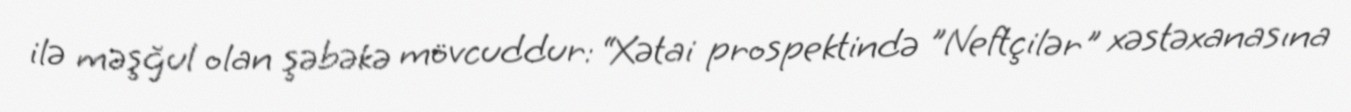
ilə məşğul olan şəbəkə mövcuddur: “Xətai prospektində ”Neftçilər" xəstəxanasına